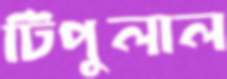
টিপুলাল